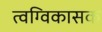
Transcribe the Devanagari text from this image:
त्वग्विकासक